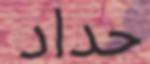
حداد